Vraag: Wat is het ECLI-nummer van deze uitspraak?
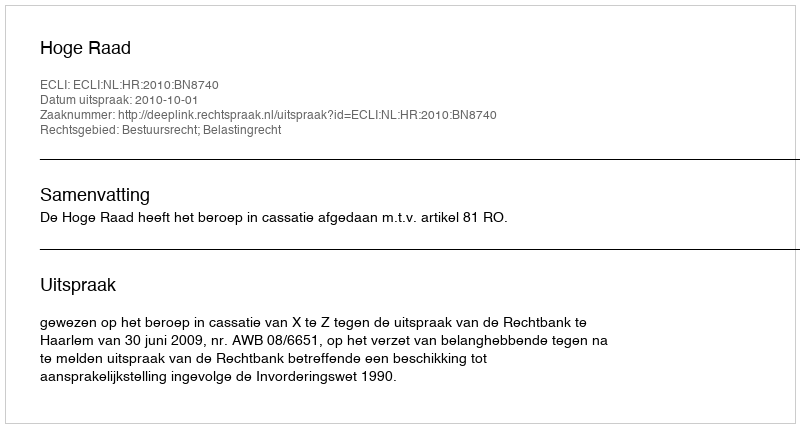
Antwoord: ECLI:NL:HR:2010:BN8740